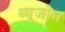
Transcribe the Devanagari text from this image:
ब्यूजोन